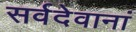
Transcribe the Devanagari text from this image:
सर्वदेवानां